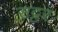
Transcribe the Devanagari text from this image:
सट्टर